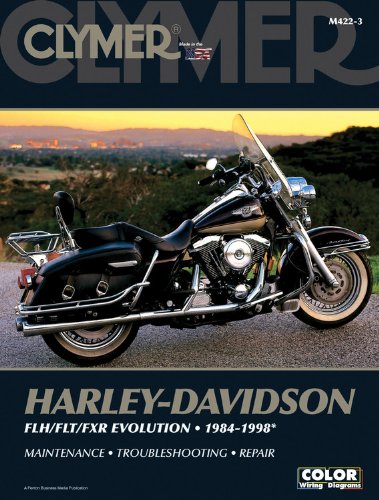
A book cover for Harley-Davidson FLH/FLT/FXR Evolution 1984-1998 (Clymer Motorcycle Repair); Penton Staff; Engineering & Transportation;